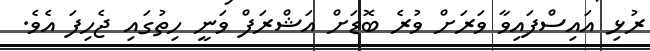
ރުޅި އައިސްފައިވާ ވަރަށް ވުރެ ބޮޑަށް އަޝްރަފް ވަނީ ހިތުގައި ޖެހިފަ އެވެ.